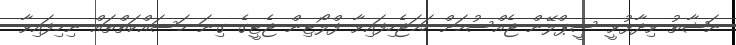
ނަޝާތު ވިދާޅުވީ ސީޕްލޭން ޖެއްސުމަށް ހަމަޖެހިފައިވާ ފްލޯޓިން ޖެޓީގެ ގިނަ މަސައްކަތްތައް ނިމިފައިވާ